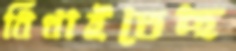
বিঁধাইতেছ